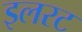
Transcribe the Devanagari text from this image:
इलरट